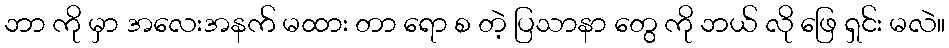
ဘာ ကို မှာ အလေးအနက် မထား တာ ရော စ တဲ့ ပြသာနာ တွေ ကို ဘယ် လို ဖြေ ရှင်း မလဲ။